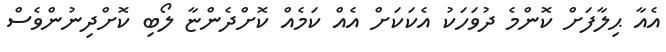
އެއާ ޙިލާފަށް ކޮންމެ ދުވަހަކު އެކަކަށް އެއް ކަމެއް ކޮށްދެންޏާ ލޯބި ކޮށްދިނުންވެސް